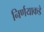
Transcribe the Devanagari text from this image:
निर्णयाकडे